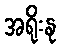
အရိုးနု